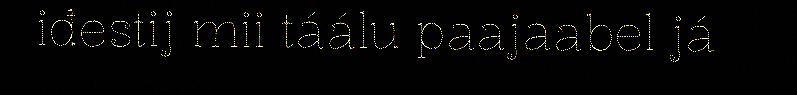
iđestij mii táálu paajaabel já